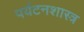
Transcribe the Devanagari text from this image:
पर्यटनशास्त्र